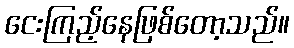
ငေးကြည့်နေဖြစ်တော့သည်။